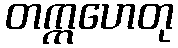
တက္ကဟေတု